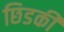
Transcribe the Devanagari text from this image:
छिडकी